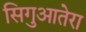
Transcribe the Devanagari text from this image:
सिगुआतेरा